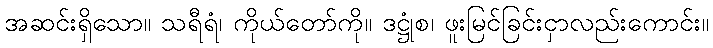
အဆင်းရှိသော။ သရီရံ၊ ကိုယ်တော်ကို။ ဒဋ္ဌုံစ၊ ဖူးမြင်ခြင်းငှာလည်းကောင်း။